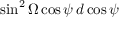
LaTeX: \sin ^ { 2 } \Omega \cos \psi \, d \cos \psi